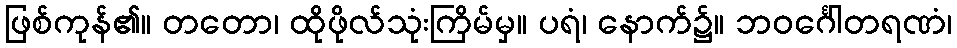
ဖြစ်ကုန်၏။ တတော၊ ထိုဖိုလ်သုံးကြိမ်မှ။ ပရံ၊ နောက်၌။ ဘဝင်္ဂေါတရဏံ၊